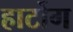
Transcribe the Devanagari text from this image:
हार्टोग